Indian journal of veterinary science and animal husbandry - Volume 9,
Year: 1939
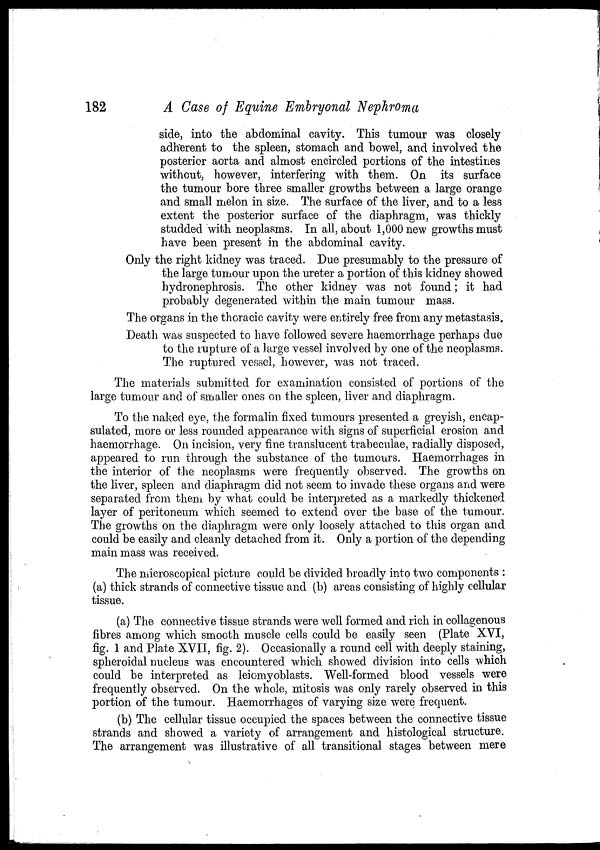
182
A Case of Equine Embryonal Nephroma
side, into the abdominal cavity. This tumour was closely
adherent to the spleen, stomach and bowel, and involved the
posterior aorta and almost encircled portions of the intestines
without, however, interfering with them. On its surface
the tumour bore three smaller growths between a large orange
and small melon in size. The surface of the liver, and to a less
extent the posterior surface of the diaphragm, was thickly
studded with neoplasms. In all, about 1,000 new growths must
have been present in the abdominal cavity.
Only the right kidney was traced. Due presumably to the pressure of
the large tumour upon the ureter a portion of this kidney showed
hydronephrosis. The other kidney was not found; it had
probably degenerated within the main tumour mass.
The organs in the thoracic cavity were entirely free from any metastasis.
Death was suspected to have followed severe haemorrhage perhaps due
to the rupture of a large vessel involved by one of the neoplasms.
The ruptured vessel, however, was not traced.
The materials submitted for examination consisted of portions of the
large tumour and of smaller ones on the spleen, liver and diaphragm.
To the naked eye, the formalin fixed tumours presented a greyish, encap-
sulated, more or less rounded appearance with signs of superficial erosion and
haemorrhage. On incision, very fine translucent trabeculae, radially disposed,
appeared to run through the substance of the tumours. Haemorrhages in
the interior of the neoplasms were frequently observed. The growths on
the liver, spleen and diaphragm did not seem to invade these organs and were
separated from them by what could be interpreted as a markedly thickened
layer of peritoneum which seemed to extend over the base of the tumour.
The growths on the diaphragm were only loosely attached to this organ and
could be easily and cleanly detached from it. Only a portion of the depending
main mass was received.
The microscopical picture could be divided broadly into two components :
(a) thick strands of connective tissue and (b) areas consisting of highly cellular
tissue.
(a) The connective tissue strands were well formed and rich in collagenous
fibres among which smooth muscle cells could be easily seen (Plate XVI,
fig. 1 and Plate XVII, fig. 2). Occasionally a round cell with deeply staining,
spheroidal nucleus was encountered which showed division into cells which
could be interpreted as leiomyoblasts. Well-formed blood vessels were
frequently observed. On the whole, mitosis was only rarely observed in this
portion of the tumour. Haemorrhages of varying size were frequent.
(b) The cellular tissue occupied the spaces between the connective tissue
strands and showed a variety of arrangement and histological structure.
The arrangement was illustrative of all transitional stages between mere